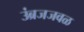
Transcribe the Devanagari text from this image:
उंब्रजजवळ